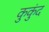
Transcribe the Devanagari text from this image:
कुकुंद